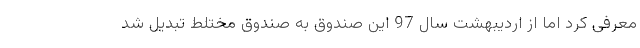
معرفی کرد اما از اردیبهشت سال 97 این صندوق به صندوق مختلط تبدیل شد